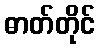
ဓာတ်တိုင်